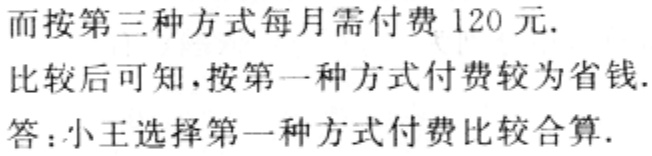
而按第三种方式每月需付费 120 元.

比较后可知，按第一种方式付费较为省钱.

答：小王选择第一种方式付费比较合算.